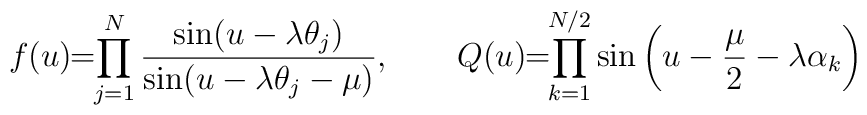
f(u) \! \!  =  \! \! \prod_{j=1}^{N} \frac{\sin (u-\lambda \theta_{j})}{\sin (u-\lambda \theta_j-\mu)} ,\qquad Q(u) \! \!  =  \! \! \prod_{k=1}^{N/2} \sin \left( u- \frac{\mu}{2} -\lambda\alpha_k \right)